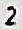
2